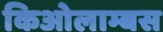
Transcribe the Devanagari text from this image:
किओलाम्बस